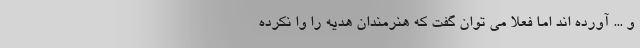
و ... آورده اند اما فعلا می توان گفت که هنرمندان هدیه را وا نکرده